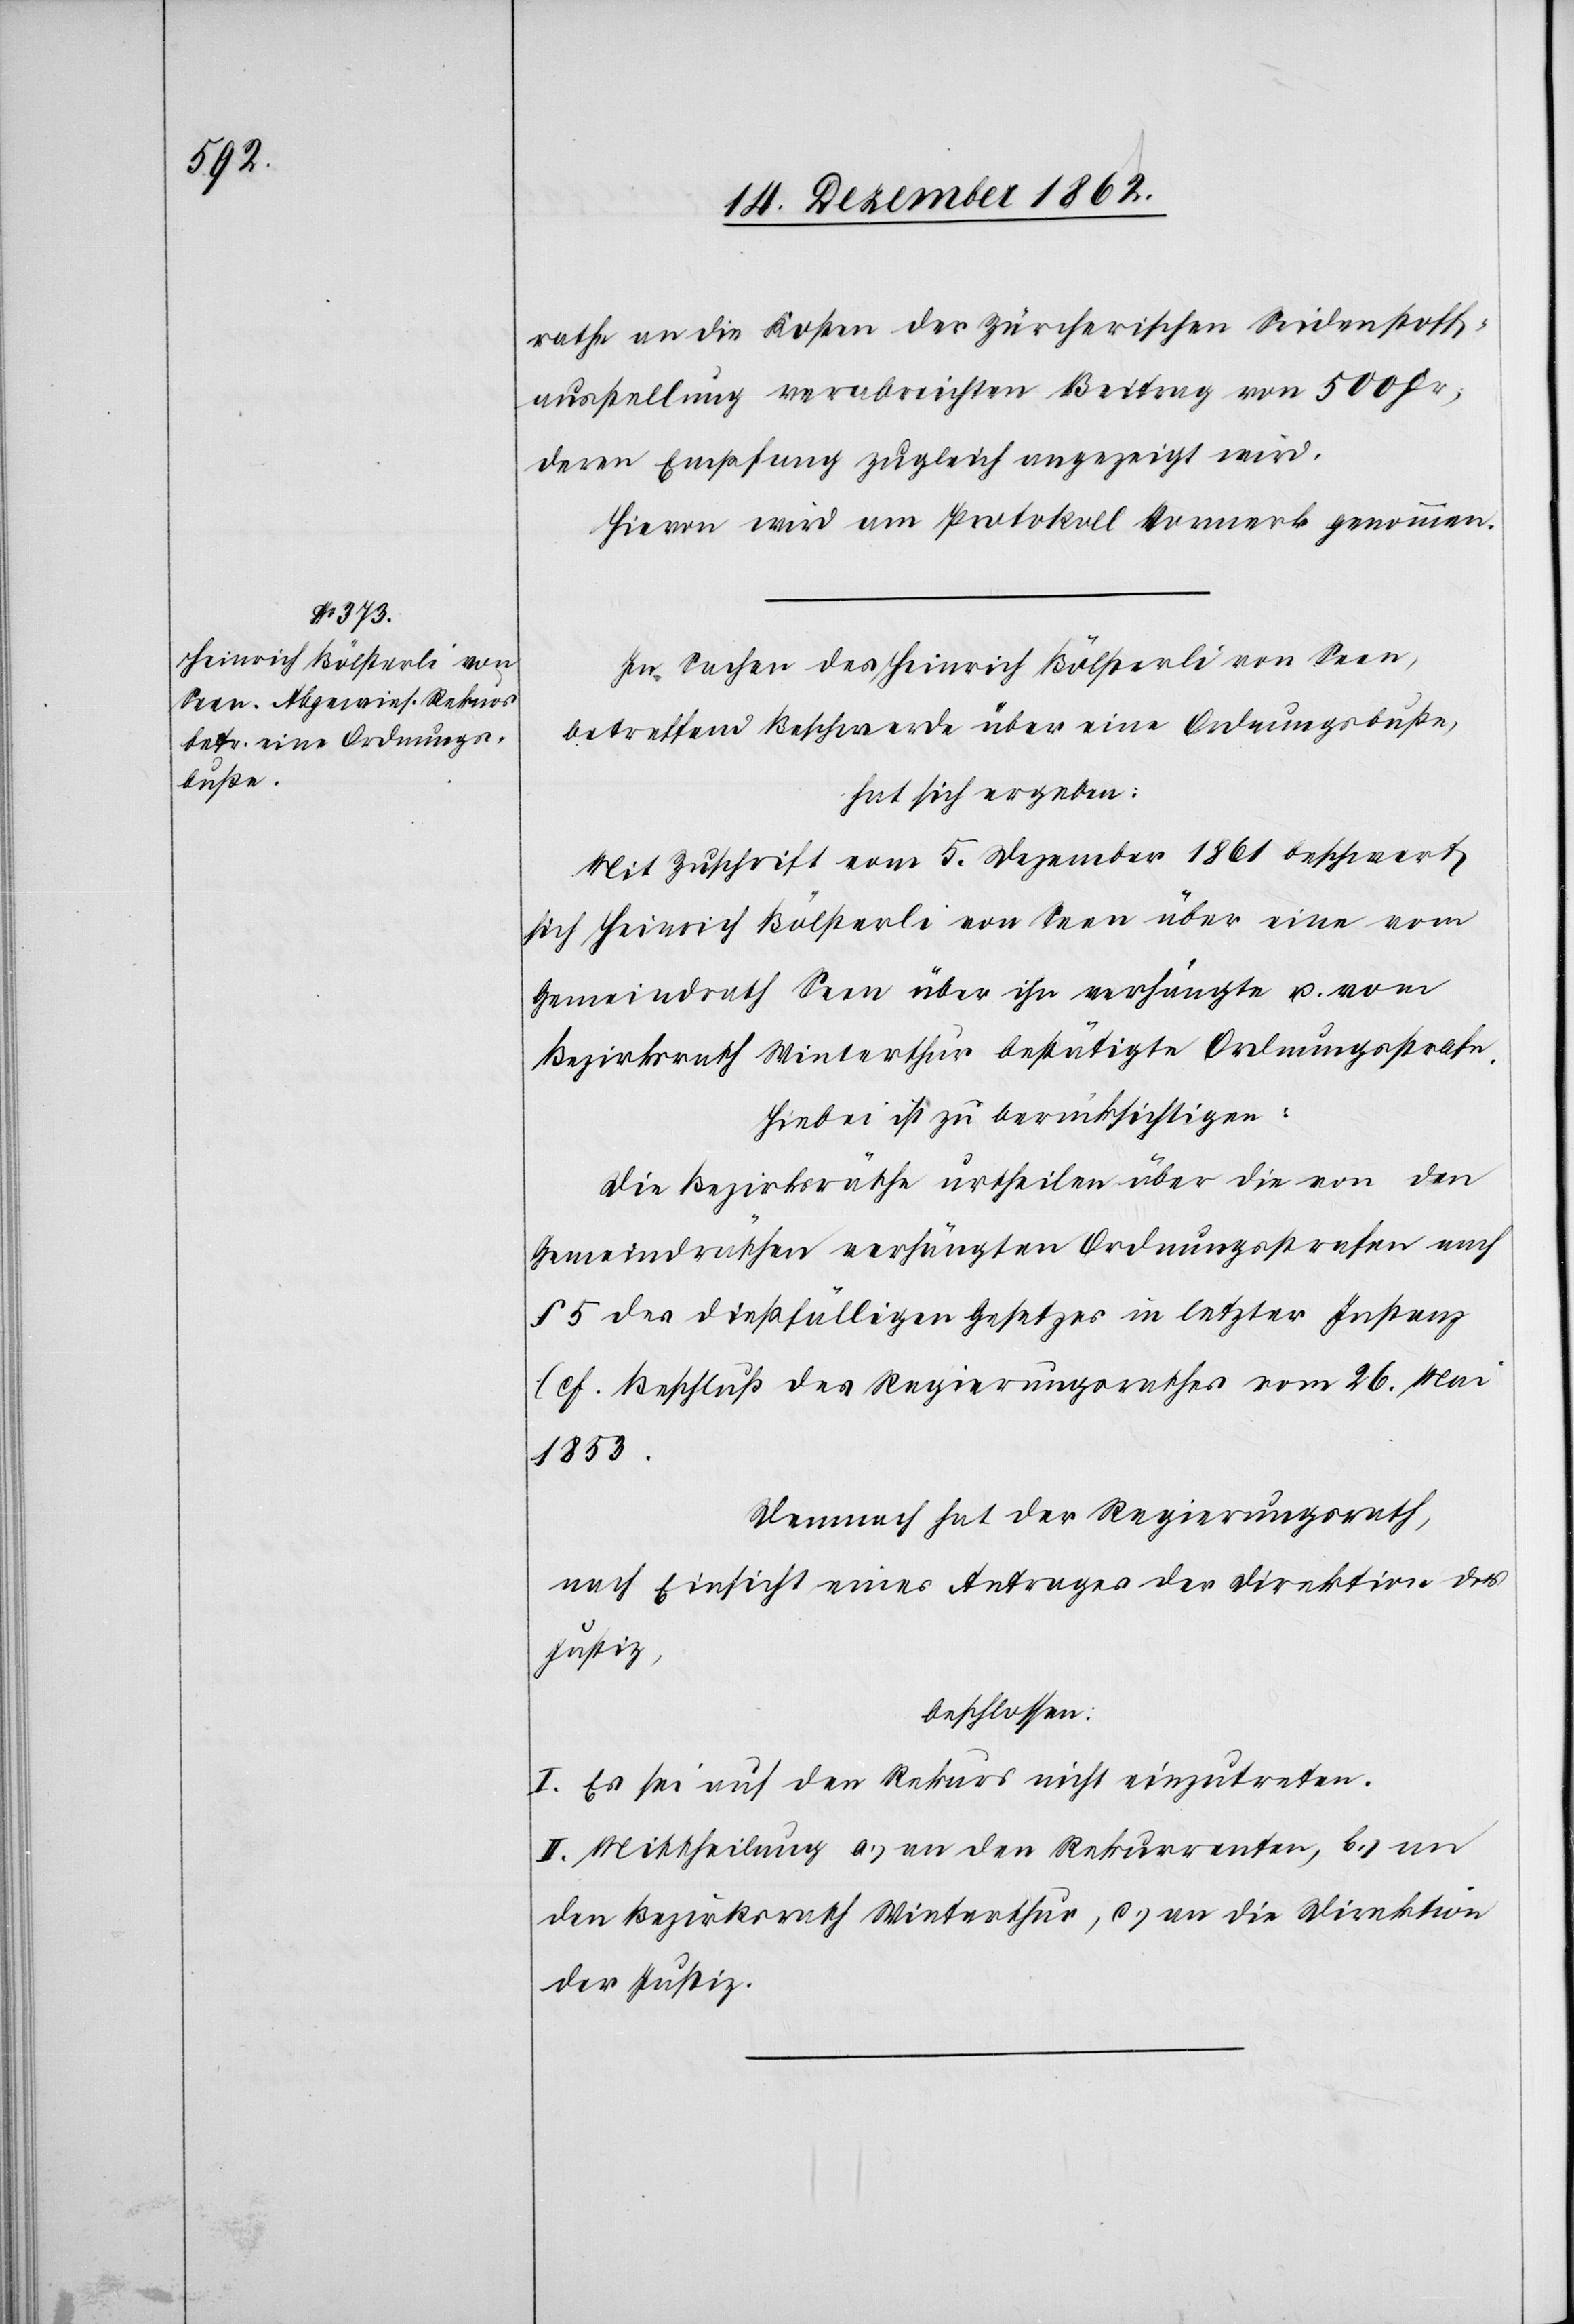
rathe an die Kosten der Zürcherischen Seidenstoff¬
ausstellung verabreichten Beitrag von 500 Fr.,
deren Empfang zugleich angezeigt wird.
Hievon wird am Protokoll Vormerk genommen.
In Sachen des Heinrich Bölsterli von Seen,
betreffend Beschwerde über eine Ordnungsbuße,
hat sich ergeben:
Mit Zuschrift vom 5 Dezember 1861 beschwert
sich Heinrich Bölsterli von Seen über eine vom
Gemeindrath Seen über ihn verhängte u. vom
Bezirksrath Winterthur bestätigte Ordnungsstrafe.
Hiebei ist zu berücksichtigen:
Die Bezirksräthe urtheilen über die von den
Gemeindräthen verhängten Ordnungsstrafen nach
§ 5 des dießfälligen Gesetzes in letzter Instanz
(cf. Beschluß des Regierungsrathes vom 26 Mai
Demnach hat der Regierungsrath,
nach Einsicht eines Antrages der Direktion der
Justiz,
beschlossen:
I. Es sei auf den Rekurs nicht einzutreten.
II. Mittheilung a.) an den Rekurrenten, b.) an
den Bezirksrath Winterthur, c.) an die Direktion
der Justiz.